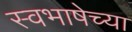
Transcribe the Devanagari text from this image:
स्वभाषेच्या